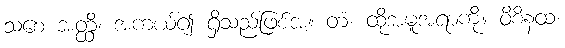
သစေ အတ္ထိ၊ အကယ်၍ ရှိသည်ဖြစ်အံ့။ တံ၊ ထိုအမူအရာကို။ ဝိစိနထ၊